King Institute of Preventive Medicine Micro-Biological Section reports 1912-19
Year: 1912
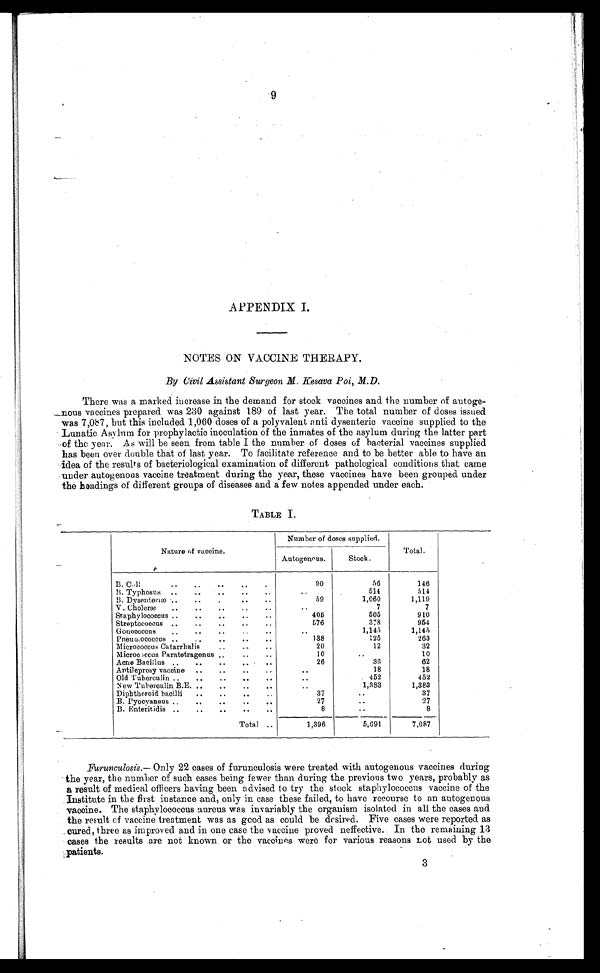
APPENDIX I.
NOTES ON VACCINE THERAPY.
By Civil Assistant Surgeon M Kesava Poi, M.D.
There was a marked increase in the demand for stock vaccines and the number of autoge
- n
o u s v a c c i n e s p r e p a r e d w a s 2 3 0 a g a i n s t 1 8 9 o f l a s t y e a r . T h e t o t a l n u m b e r o f d o s e s i s s u e d
was 7,087, but this included 1,060 doses of a polyvalent anti dysenteric vaccine supplied to the
Lunatic Asylum for prophylactic inoculation of the inmates of the asylum during the latter part
of the year. As will be seen from table I the number of doses of bacterial vaccines supplied
has been over double that of last year. To facilitate reference and to be better able to have an
idea of the results of bacteriological examination of different pathological conditions that came
under autogenous vaccine treatment during the year, these vaccines have been grouped under
the headings of different groups of diseases and a few notes appended under each.
TABLE I.
Nature of vaccine.
Number of doses supplied.
Total.
Autogenous.
Stock.
B. Coli
..
..
..
..
90
56
146
B. Typhosus ..
..
..
..
.
..
514
514
B. Dysenteriæ ..
..
.
• •
..
59
1,060
1,119
V. Choleræ
..
..
..
..
.
. .
7
7
Staphylococcus..
..
..
..
..
405
505
910
Streptococcus ..
..
..
..
..
576
378
954
Gonococcus
..
..
..
..
.
. .
1,145
1,145
Pneumooccus ..
..
..
..
..
138
125
263
Micrococcus Catarrhalis
..
..
..
20
12
32
Micrococcus Paratetragenus..
..
..
10
..
10
Acne Bacillus ..
..
..
.. • • .
26
36
62
Antileprosy vaccine
..
..
..
...
..
18
18
Old Tuberculin ..
..
..
..
..
..
452
452
New Tuberculin B.E. ..
..
..
..
. .
1,383
1,383
Diphtheroid bacilli
..
..
..
37
..
37
B. Pyocyaneus..
..
..
..
..
27
. .
27
B. Enteritidis ..
..
..
..
..
8
..
8
Total ..
1,396
5,691
7,087
Furunculosis.— Only 22 cases of furunculosis were treated with autogenous vaccines during
the year, the number of such cases being fewer than during the previous two years, probably as
a result of medical officers having been advised to try the stock staphylococcus vaccine of the
Institute in the first instance and, only in case these failed, to have recourse to an autogenous
vaccine. The staphylococcus aureus was invariably the organism isolated in all the cases and.
the result of vaccine treatment was as good as could be desired. Five cases were reported as
cured, three as improved and in one case the vaccine proved neffective. In the remaining 13
cases the results are not known or the vaccines were for various reasons Lot used by the
patients.
3